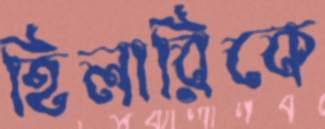
হিলারিকে